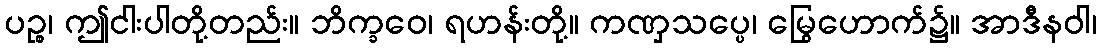
ပဉ္စ၊ ဤငါးပါတို့တည်း။ ဘိက္ခဝေ၊ ရဟန်းတို့။ ကဏှသပ္ပေ၊ မြွေဟောက်၌။ အာဒီနဝါ၊